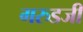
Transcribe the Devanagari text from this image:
गरुडजी